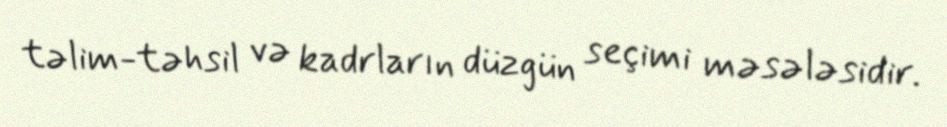
təlim-təhsil və kadrların düzgün seçimi məsələsidir.